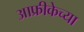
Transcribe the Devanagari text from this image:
आफ्रीकेच्या